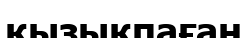
қызықпаған